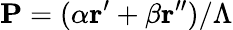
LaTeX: \mathbf{P}=(\alpha\mathbf{r}^{\prime}+\beta\mathbf{r}^{\prime\prime})/\Lambda